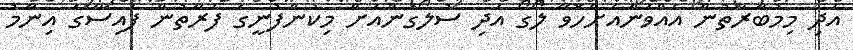
އަދި މިމުބާރާތުން އެއްވަނައަށްހޮވޭ ލޯގޯ އަދި ސުލޯގަންއަށް މިކުންފުނީގެ ފަރާތުން ފައިސާގެ އިނާމު